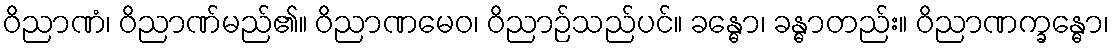
ဝိညာဏံ၊ ဝိညာဏ်မည်၏။ ဝိညာဏမေဝ၊ ဝိညာဉ်သည်ပင်။ ခန္ဓော၊ ခန္ဓာတည်း။ ဝိညာဏက္ခန္ဓော၊